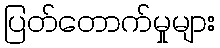
ပြတ်တောက်မှုများ